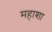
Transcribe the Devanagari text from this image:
महाशा